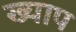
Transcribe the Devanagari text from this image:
ख्याप